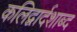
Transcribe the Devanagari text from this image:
कलिद्वार्दशाब्द